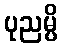
ပုညမ္ပိ